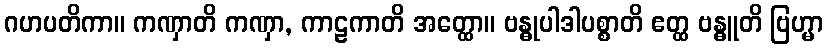
ဂဟပတိကာ။ ကဏှာတိ ကဏှာ, ကာဠကာတိ အတ္ထော။ ဗန္ဓုပါဒါပစ္စာတိ ဧတ္ထ ဗန္ဓူတိ ဗြဟ္မာ